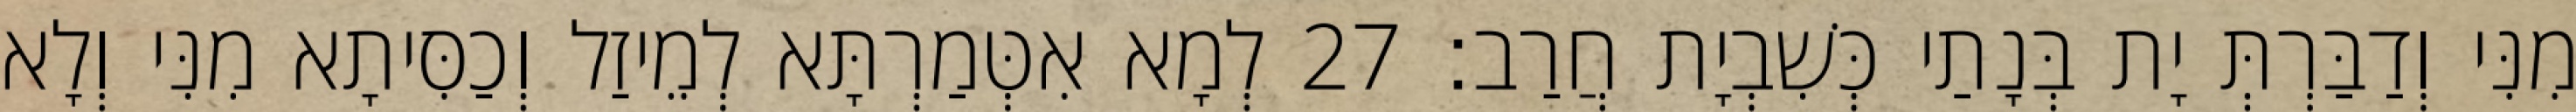
מִנִּי וְדַבַּרְתְּ יָת בְּנָתַי כְּשִׁבְיָת חֲרַב׃ 27 לְמָא אִטְּמַרְתָּא לְמֵיזַל וְכַסִּיתָא מִנִּי וְלָא